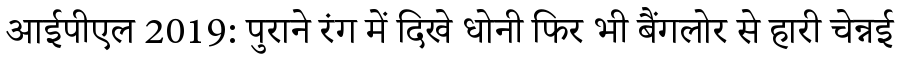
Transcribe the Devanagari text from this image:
आईपीएल 2019: पुराने रंग में दिखे धोनी फिर भी बैंगलोर से हारी चेन्नई